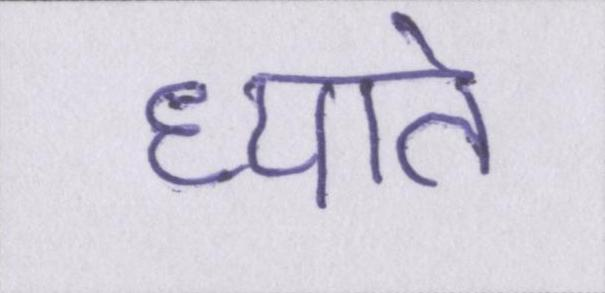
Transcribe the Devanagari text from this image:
ध्याते